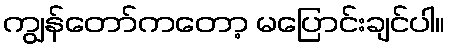
ကျွန်တော်ကတော့ မပြောင်းချင်ပါ။